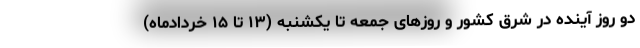
دو روز آینده در شرق کشور و روزهای جمعه تا یکشنبه (۱۳ تا ۱۵ خردادماه)